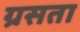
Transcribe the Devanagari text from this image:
ग्रसता